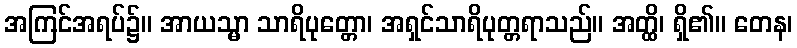
အကြင်အရပ်၌။ အာယသ္မာ သာရိပုတ္တော၊ အရှင်သာရိပုတ္တရာသည်။ အတ္ထိ၊ ရှိ၏။ တေန၊